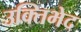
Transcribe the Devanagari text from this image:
उक्तिभेद